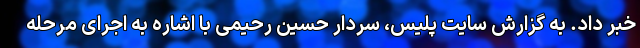
خبر داد. به گزارش سایت پلیس، سردار حسین رحیمی با اشاره به اجرای مرحله